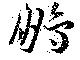
鵬